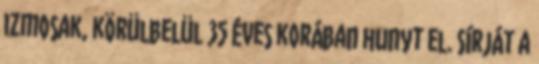
izmosak, körülbelül 35 éves korában hunyt el. Sírját a